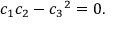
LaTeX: c _ { 1 } c _ { 2 } - { c _ { 3 } } ^ { 2 } = 0 .